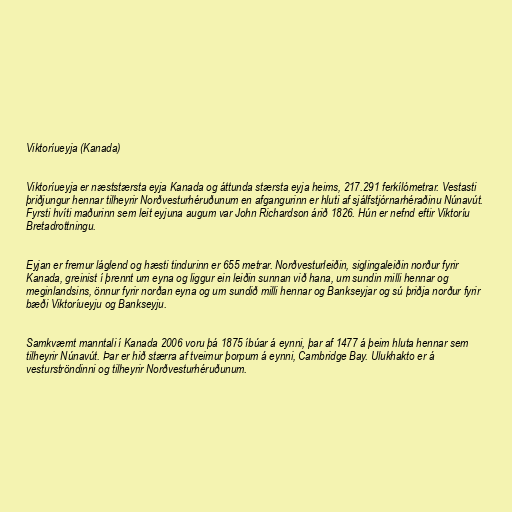
Viktoríueyja (Kanada)

Viktoríueyja er næststærsta eyja Kanada og áttunda stærsta eyja heims, 217.291 ferkílómetrar. Vestasti
þriðjungur hennar tilheyrir Norðvesturhéruðunum en afgangurinn er hluti af sjálfstjórnarhéraðinu Núnavút.
Fyrsti hvíti maðurinn sem leit eyjuna augum var John Richardson árið 1826. Hún er nefnd eftir Viktoríu
Bretadrottningu.

Eyjan er fremur láglend og hæsti tindurinn er 655 metrar. Norðvesturleiðin, siglingaleiðin norður fyrir
Kanada, greinist í þrennt um eyna og liggur ein leiðin sunnan við hana, um sundin milli hennar og
meginlandsins, önnur fyrir norðan eyna og um sundið milli hennar og Bankseyjar og sú þriðja norður fyrir
bæði Viktoríueyju og Bankseyju.

Samkvæmt manntali í Kanada 2006 voru þá 1875 íbúar á eynni, þar af 1477 á þeim hluta hennar sem
tilheyrir Núnavút. Þar er hið stærra af tveimur þorpum á eynni, Cambridge Bay. Ulukhakto er á
vesturströndinni og tilheyrir Norðvesturhéruðunum.